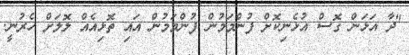
"ދާ އަޅަން ގޮސް އުޅެނިކޮށް ފުންމަމުން ފުންމަމުން އައި ތޮޅިއެއް ލޮލަށް ހެރުނީ.